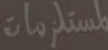
لمستلزمات